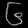
Digit: ၆